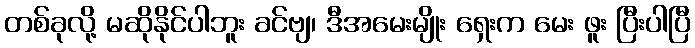
တစ်ခုလို့ မဆိုနိုင်ပါဘူး ခင်ဗျ၊ ဒီအမေးမျိုး ရှေးက မေး ဖူး ပြီးပါပြီ